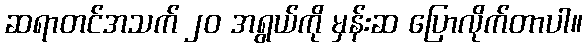
ဆရာတင်အသက် ၂၀ အရွယ်ကို မှန်းဆ ပြောလိုက်တာပါ။